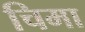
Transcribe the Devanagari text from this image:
चिमा